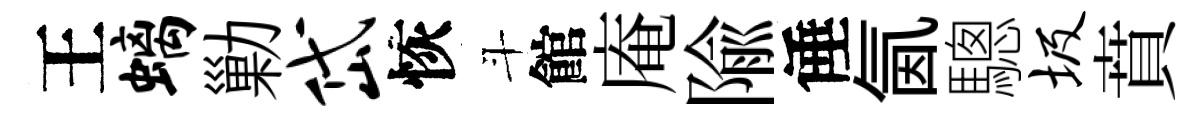
王螭勦岱恢斗館庵隃倕氤驄圾賁